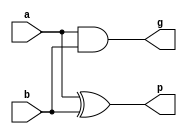
module full_adder (
	input a, b,
	
	output p, g
);

	assign p = a ^ b;
	assign g = a & b;

endmodule